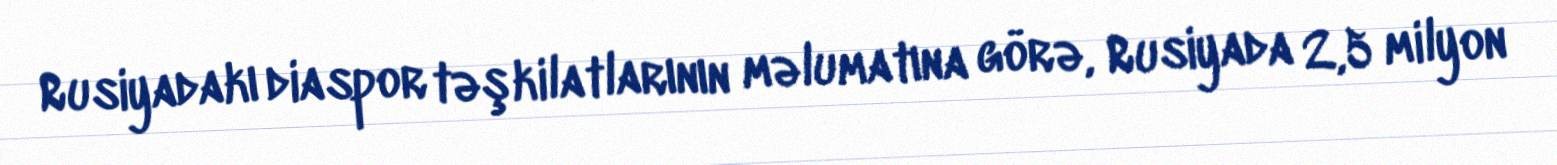
Rusiyadakı diaspor təşkilatlarının məlumatına görə, Rusiyada 2,5 milyon